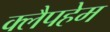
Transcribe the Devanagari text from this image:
क्लैपहेम